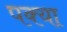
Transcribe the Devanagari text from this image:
पक्या